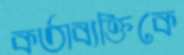
কর্তাব্যক্তিকে